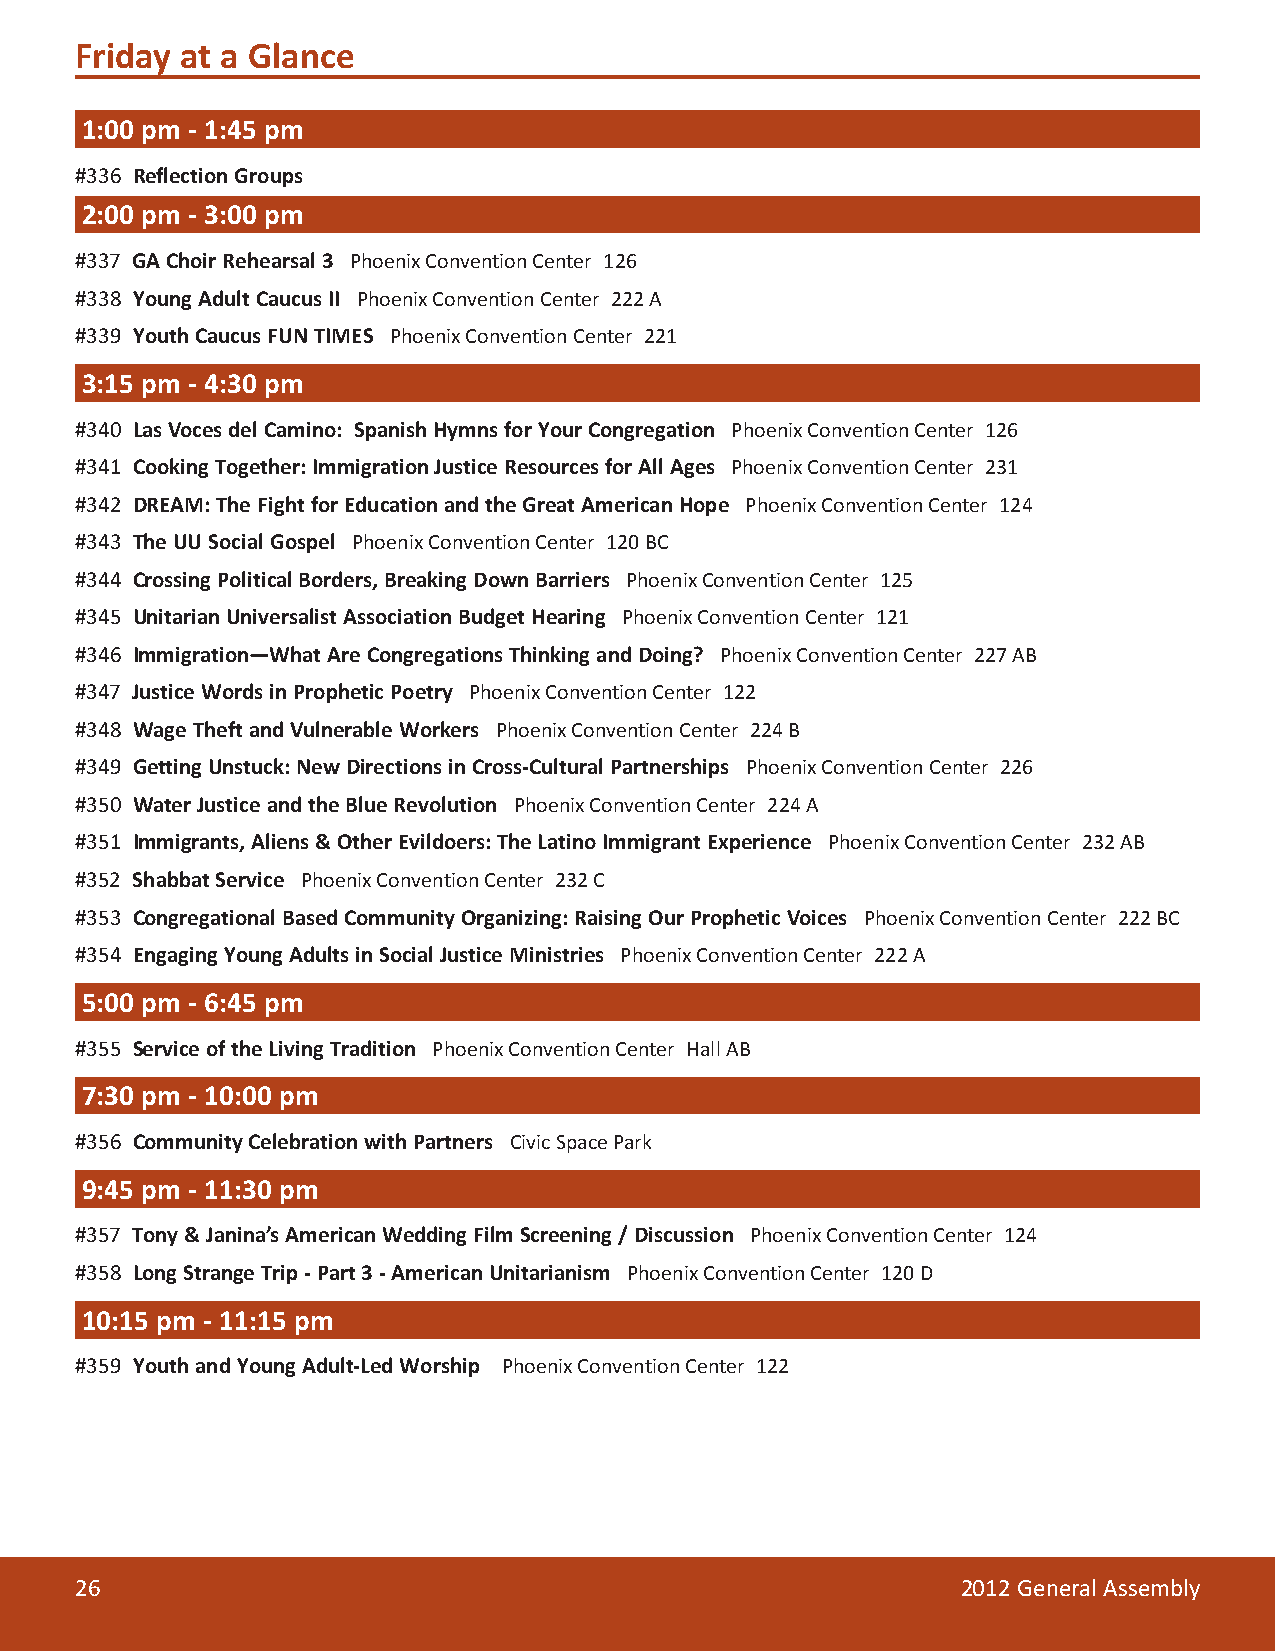
Friday at a Glance
 1:00 pm - 1:45 pm
 #336 Reflection Groups
 2:00 pm - 3:00 pm
 #337 GA Choir Rehearsal 3 Phoenix Convention Center 126
 #338 Young Adult Caucus II Phoenix Convention Center 222 A
 #339 Youth Caucus FUN TIMES Phoenix Convention Center 221
 3:15 pm - 4:30 pm
 #340 Las Voces del Camino: Spanish Hymns for Your Congregation Phoenix Convention Center 126
 #341 Cooking Together: Immigration Justice Resources for All Ages Phoenix Convention Center 231
 #342 DREAM: The Fight for Education and the Great American Hope Phoenix Convention Center 124
 #343 The UU Social Gospel Phoenix Convention Center 120 BC
 #344 Crossing Political Borders, Breaking Down Barriers Phoenix Convention Center 125
 #345 Unitarian Universalist Association Budget Hearing Phoenix Convention Center 121
 #346 Immigration—What Are Congregations Thinking and Doing? Phoenix Convention Center 227 AB
 #347 Justice Words in Prophetic Poetry Phoenix Convention Center 122
 #348 Wage Theft and Vulnerable Workers Phoenix Convention Center 224 B
 #349 Getting Unstuck: New Directions in Cross-Cultural Partnerships Phoenix Convention Center 226
 #350 Water Justice and the Blue Revolution Phoenix Convention Center 224 A
 #351 Immigrants, Aliens & Other Evildoers: The Latino Immigrant Experience Phoenix Convention Center 232 AB
 #352 Shabbat Service Phoenix Convention Center 232 C
 #353 Congregational Based Community Organizing: Raising Our Prophetic Voices Phoenix Convention Center 222 BC
 #354 Engaging Young Adults in Social Justice Ministries Phoenix Convention Center 222 A
 5:00 pm - 6:45 pm
 #355 Service of the Living Tradition Phoenix Convention Center Hall AB
 7:30 pm - 10:00 pm
 #356 Community Celebration with Partners Civic Space Park
 9:45 pm - 11:30 pm
 #357 Tony & Janina’s American Wedding Film Screening / Discussion Phoenix Convention Center 124
 #358 Long Strange Trip - Part 3 - American Unitarianism Phoenix Convention Center 120 D
 10:15 pm - 11:15 pm
 #359 Youth and Young Adult-Led Worship Phoenix Convention Center 122
 26                                                         2012 General Assembly